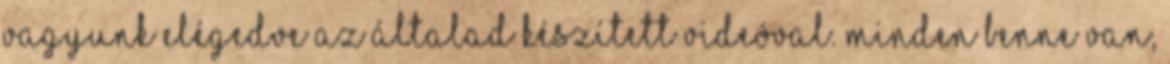
vagyunk elégedve az általad készített videóval. Minden benne van,